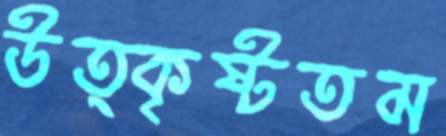
উত্কৃষ্টতম